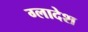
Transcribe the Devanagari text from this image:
ग्लादेश